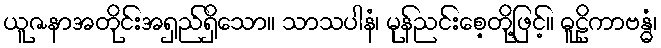
ယူဇနာအတိုင်းအရှည်ရှိသော။ သာသပါနံ၊ မုန်ညင်းစေ့တို့ဖြင့်။ ဓူဠိကာဗန္ဓံ၊